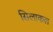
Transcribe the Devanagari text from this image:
सिलाकल